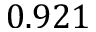
0 . 9 2 1